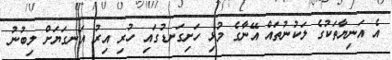
އެ އަނިޔާތަކުގެ ލަކުނުތައް އޭނާގެ މުޅި ހަށިގަނޑުގައި ހުރި އިރު އަނގަޔަށް ލިބުނު